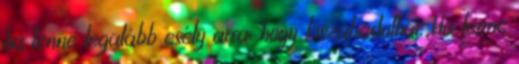
ha lenne legalább esély arra, hogy kiszabadulhat. Ha lenne